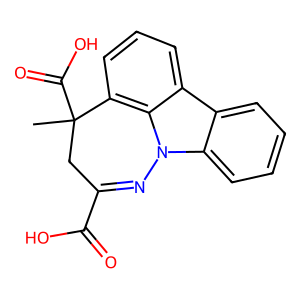
SMILES: CC1(C(=O)O)CC(C(=O)O)=Nn2c3ccccc3c3cccc1c32
Inhibits HIV replication: No